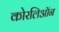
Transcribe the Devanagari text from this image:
कोरलिऑन